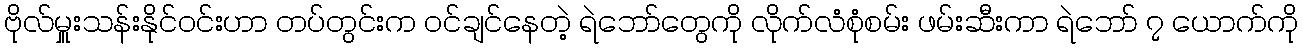
ဗိုလ်မှူးသန်းနိုင်ဝင်းဟာ တပ်တွင်းက ဝင်ချင်နေတဲ့ ရဲဘော်တွေကို လိုက်လံစုံစမ်း ဖမ်းဆီးကာ ရဲဘော် ၇ ယောက်ကို